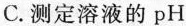
C.测定溶液的pH